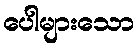
ပေါများသော